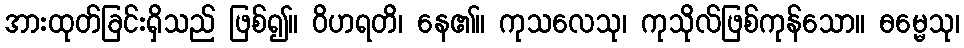
အားထုတ်ခြင်းရှိသည် ဖြစ်၍။ ဝိဟရတိ၊ နေ၏။ ကုသလေသု၊ ကုသိုလ်ဖြစ်ကုန်သော။ ဓမ္မေသု၊